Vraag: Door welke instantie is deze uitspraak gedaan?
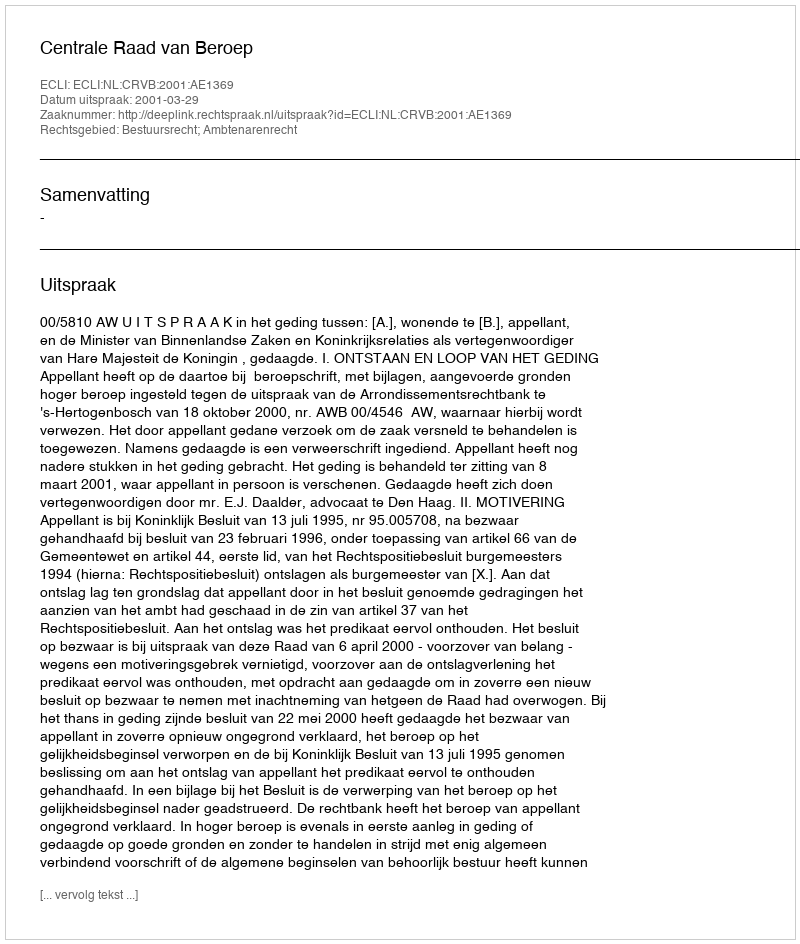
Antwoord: Centrale Raad van Beroep